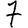
Digit: 7